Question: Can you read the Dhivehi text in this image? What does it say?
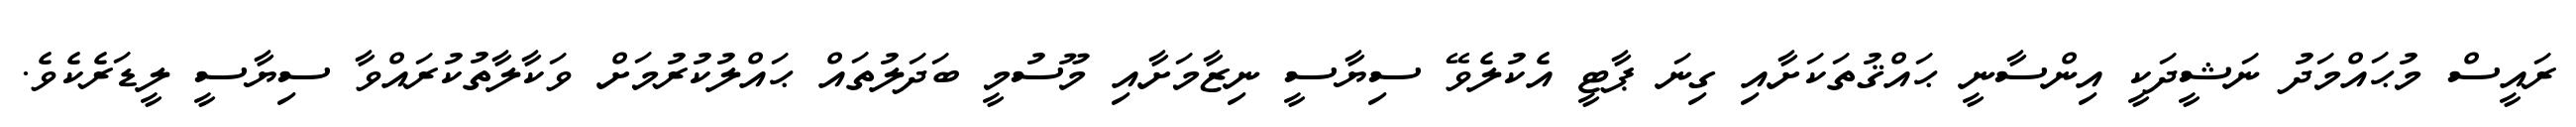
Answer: ރައީސް މުޙައްމަދު ނަޝީދަކީ އިންސާނީ ޙައްޤުތަކަށާއި ގިނަ ޕާޓީ އެކުލެވޭ ސިޔާސީ ނިޒާމަށާއި މޫސުމީ ބަދަލުތައް ޙައްލުކުރުމަށް ވަކާލާތުކުރައްވާ ސިޔާސީ ލީޑަރެކެވެ.